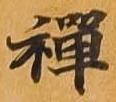
禅